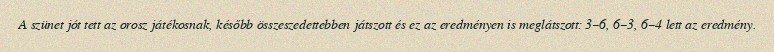
A szünet jót tett az orosz játékosnak, később összeszedettebben játszott és ez az eredményen is meglátszott: 3–6, 6–3, 6–4 lett az eredmény.